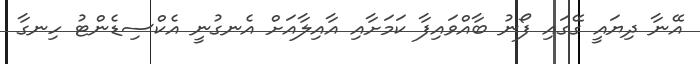
އޭނާ ދިޔައީ ގޭގައި ފޯނު ބާއްވައިފާ ކަމަށާއި އާއިލާއަށް އެނގުނީ އެކްސިޑެންޓު ހިނގާ